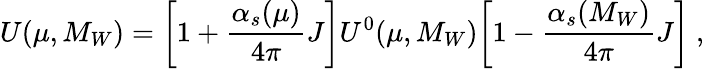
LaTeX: U(\mu,M_{W})=\biggl[1+\frac{\alpha_{s}(\mu)}{4\pi}J\biggr]U^{0}(\mu,M_{W})\biggl[1-\frac{\alpha_{s}(M_{W})}{4\pi}J\biggr]\ ,